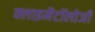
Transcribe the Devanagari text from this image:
क्लाइमैटॉलोजी